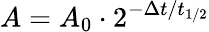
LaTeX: A=A_{0}\cdot 2^{-\Delta t/t_{1/2}}